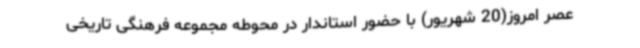
عصر امروز(20 شهریور) با حضور استاندار در محوطه مجموعه فرهنگی تاریخی